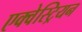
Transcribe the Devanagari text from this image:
एक्वेस्ट्रियन